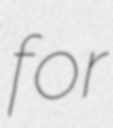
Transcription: for